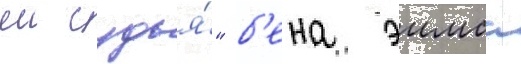
еи судья́" б'ена эимса